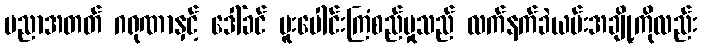
ပညာအတတ် ဂရုဏာနှင့် ဒေါ်ခင် ပူးပေါင်းကြံစည်မှုသည် လက်နက်ခဲယမ်းအချို့ကိုလည်း